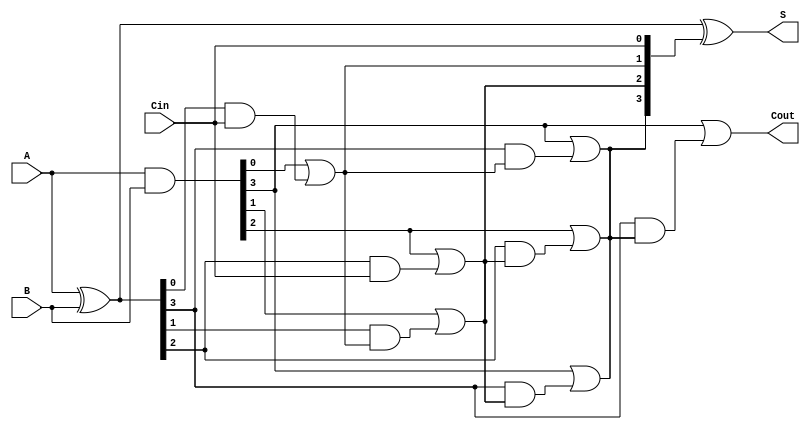
module brent_kung_adder #(parameter n = 4) (
    input  [n-1:0] A,
    input  [n-1:0] B,
    input          Cin,
    output [n-1:0] S,
    output         Cout
);

    // Generate and propagate signals
    wire [n-1:0] G; // Generate
    wire [n-1:0] P; // Propagate
    wire [n:0] C;   // Carry bits

    // Generate and propagate logic
    assign G = A & B;
    assign P = A ^ B;

    // Carry generation using Brent-Kung structure
    assign C[0] = Cin; // Initial carry input

    // Level 1
    genvar i;
    generate
        for (i = 0; i < n; i = i + 1) begin : level1
            if (i == 0) begin
                assign C[1] = G[0] | (P[0] & C[0]);
            end else begin
                assign C[i + 1] = G[i] | (P[i] & C[i]);
            end
        end
    endgenerate

    // Level 2 (2-bit carry generation)
    generate
        for (i = 0; i < n/2; i = i + 1) begin : level2
            assign C[n/2 + i] = G[n/2 + i] | (P[n/2 + i] & C[i]);
        end
    endgenerate

    // Level 3 (4-bit carry generation)
    generate
        for (i = 0; i < n/4; i = i + 1) begin : level3
            assign C[n/4 + i + n/2] = G[n/4 + i + n/2] | (P[n/4 + i + n/2] & C[n/2 + i]);
        end
    endgenerate

    // Final carry-out
    assign Cout = C[n];

    // Sum calculation
    assign S = P ^ {C[n-1:0]};

endmodule